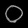
Digit: ၀